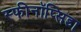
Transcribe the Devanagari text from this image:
स्फीनॉप्सिडा